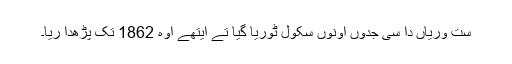
ست وریاں دا سی جدوں اونوں سکول ٹوریا گیا تے ایتھے اوہ 1862 تک پڑھدا ریا۔